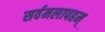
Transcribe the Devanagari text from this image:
सर्वमलापहम्